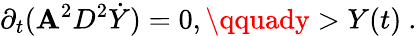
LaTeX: \partial_{t}(\mathbf{A}^{2}D^{2}\dot{{Y}})=0,\qquady>Y(t)\ .